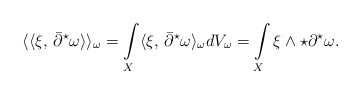
\begin{align*}\langle\langle \xi,\,\bar\partial^{\star}\omega\rangle\rangle_\omega = \int\limits_X \langle \xi,\, \bar\partial^{\star} \omega \rangle_{\omega} dV_{\omega}= \int\limits_X \xi \wedge \star\partial^{\star}\omega.\end{align*}